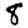
Digit: 8